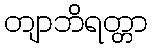
တျာဘိရတ္တာ